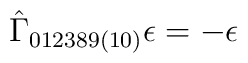
\hat{\Gamma}_{012389(10)} \epsilon = -\epsilon